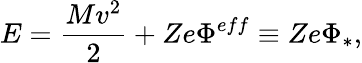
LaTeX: E=\frac{Mv^{2}}{2}+Ze\Phi^{eff}\equiv{Ze}\Phi_{\ast},